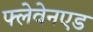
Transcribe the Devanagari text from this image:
फ्लेवेनएड